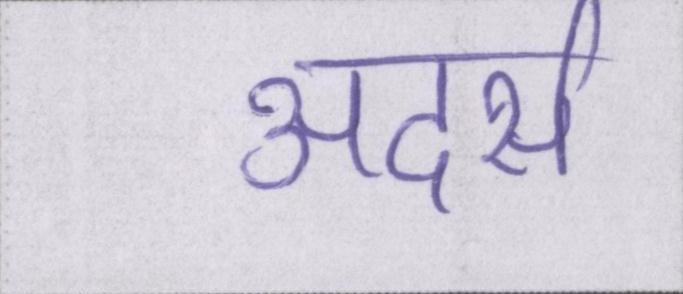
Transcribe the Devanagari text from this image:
अदर्स